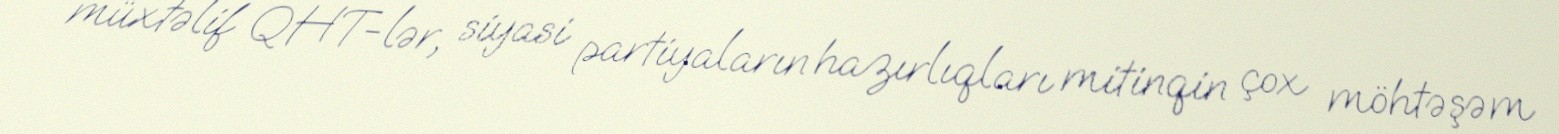
müxtəlif QHT-lər, siyasi partiyaların hazırlıqları mitinqin çox möhtəşəm